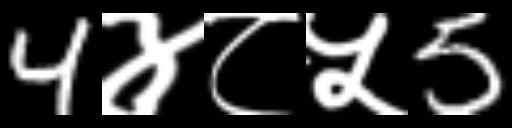
Text: 4४८५5